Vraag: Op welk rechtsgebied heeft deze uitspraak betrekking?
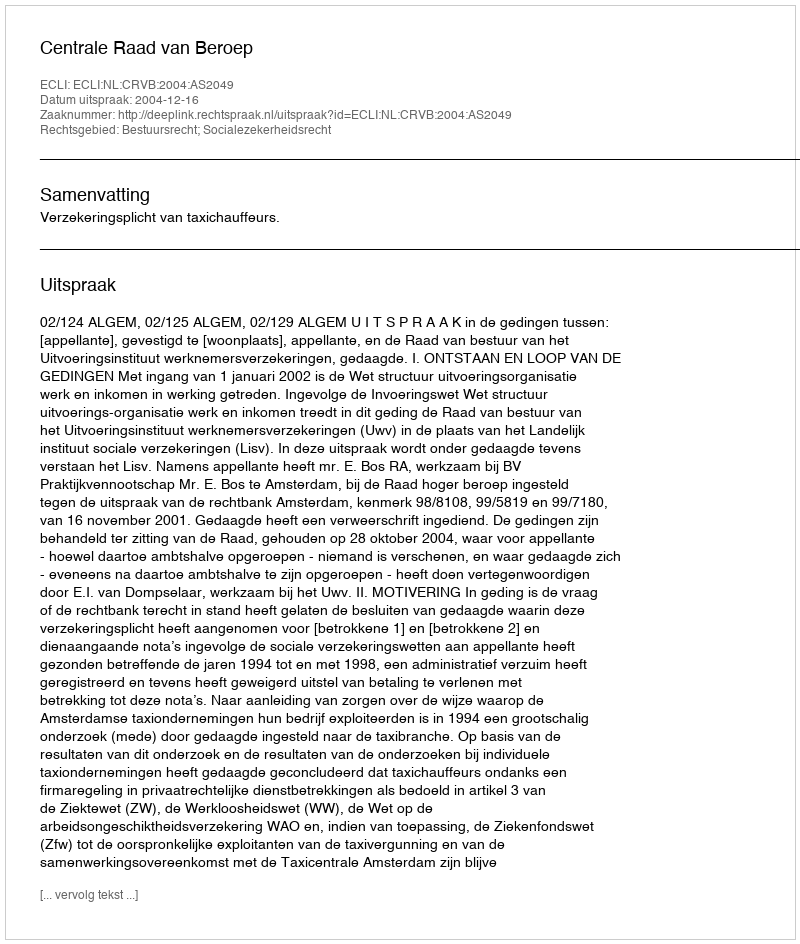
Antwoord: Bestuursrecht; Socialezekerheidsrecht